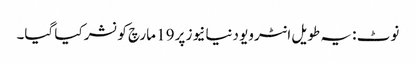
نوٹ : یہ طویل انٹرویو دنیا نیوز پر 19 مارچ کو نشر کیا گیا۔